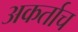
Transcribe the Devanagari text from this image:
अकर्ताच